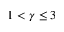
1 < \gamma \le 3